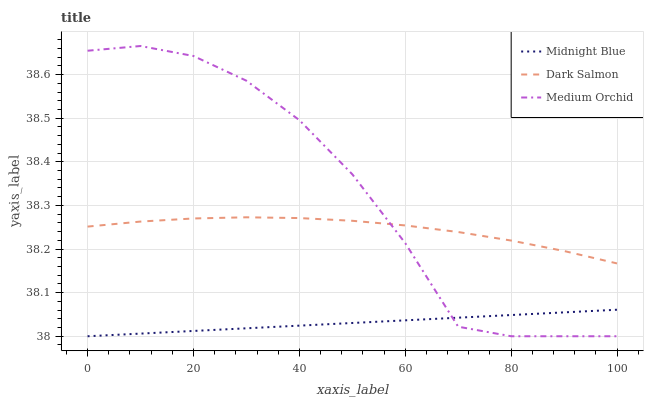
| xaxis_label | Midnight Blue | Dark Salmon | Medium Orchid |
 | --- | --- | --- | --- |
 | 0 | 38 | 38.3 | 38.7 |
 | 10 | 38 | 38.3 | 38.7 |
 | 20 | 38 | 38.3 | 38.6 |
 | 30 | 38 | 38.3 | 38.6 |
 | 40 | 38 | 38.3 | 38.5 |
 | 50 | 38 | 38.3 | 38.4 |
 | 60 | 38 | 38.3 | 38.2 |
 | 70 | 38 | 38.2 | 38 |
 | 80 | 38 | 38.2 | 38 |
 | 90 | 38.1 | 38.2 | 38 |
 | 100 | 38.1 | 38.2 | 38 |